65_HS1-834228961_62-HQ-83894_Section_2
Agency: FBI
Page 175
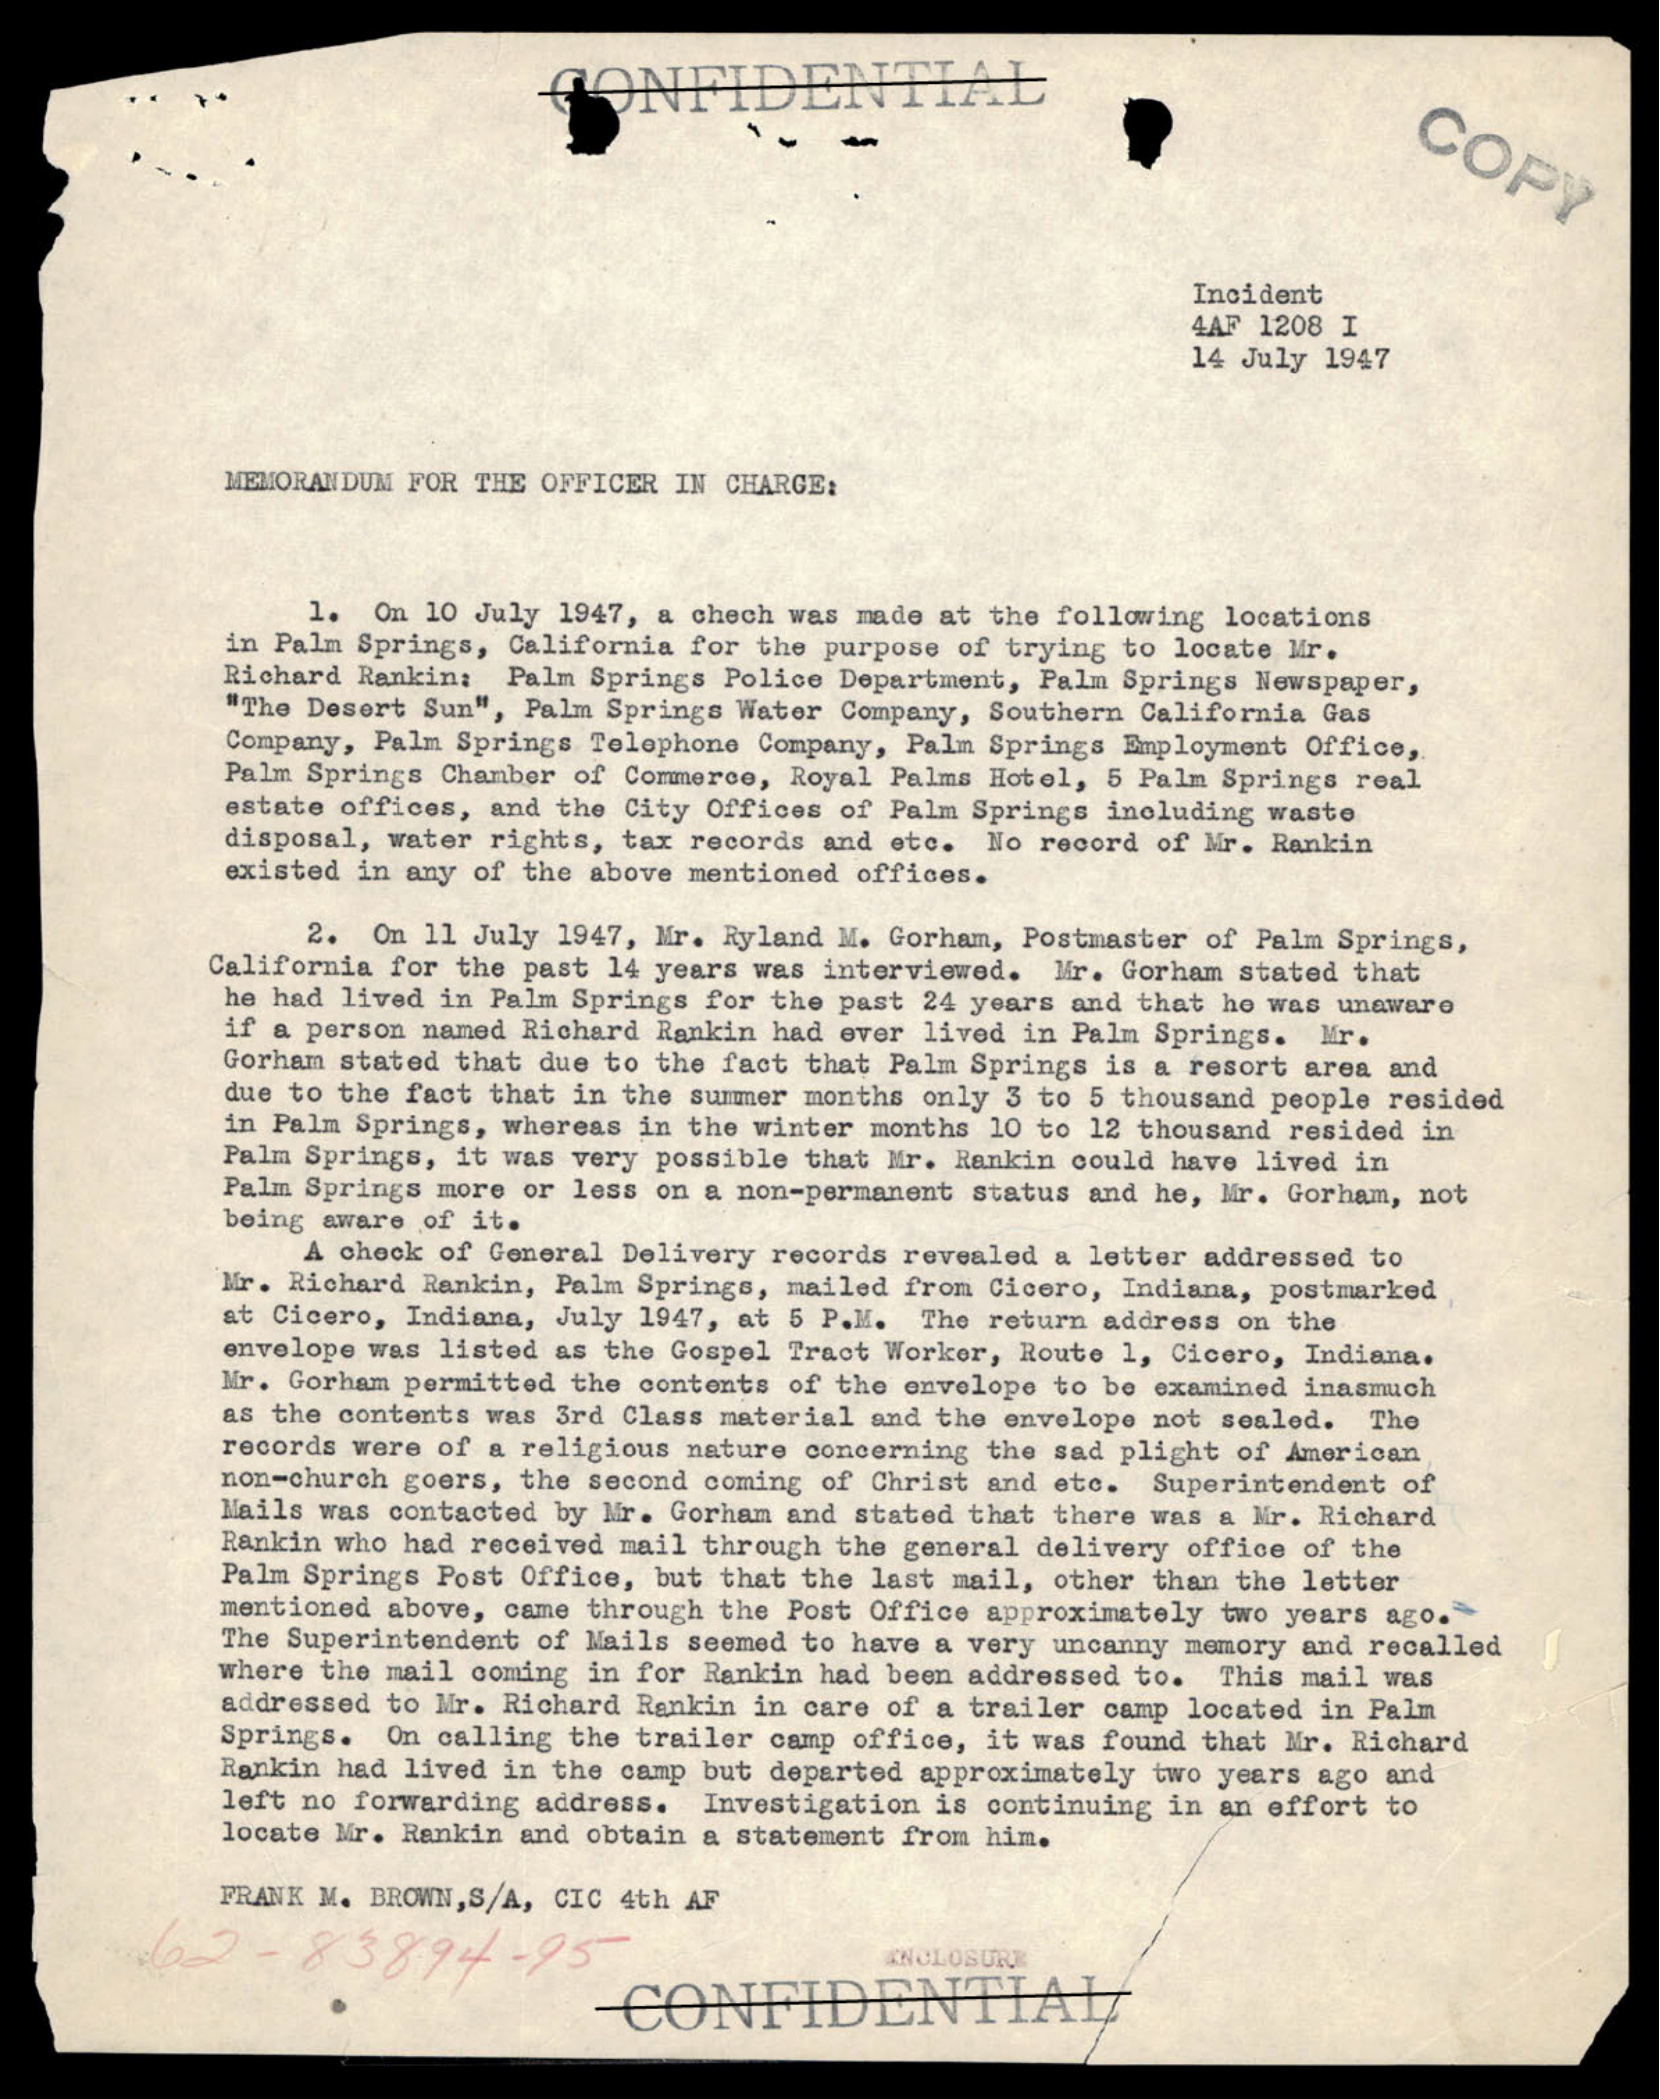